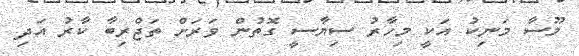
މޫސާ މަނިކު އަކީ މިހާރު ސިޔާސީ ގޮތުން ވަރަށް ތަޖްރިބާ ކާރު އަދި